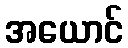
အယောင်